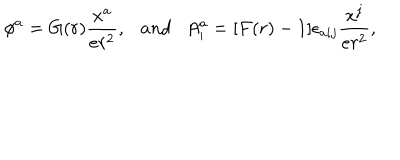
\phi ^ { a } = G ( r ) \frac { x ^ { a } } { e r ^ { 2 } } , \ \ \ a n d \ \ \ A _ { i } ^ { a } = [ F ( r ) - 1 ] \epsilon _ { a i j } \frac { x ^ { j } } { e r ^ { 2 } } ,